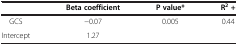
<table><thead><tr><td><b> </b></td><td><b>Beta coefficient</b></td><td><b>P value*</b></td><td><b>R<sup>2</sup> +</b></td></tr></thead><tbody><tr><td>GCS</td><td>-0.07</td><td>0.005</td><td>0.44</td></tr><tr><td>Intercept</td><td>1.27</td><td> </td><td> </td></tr></tbody></table>